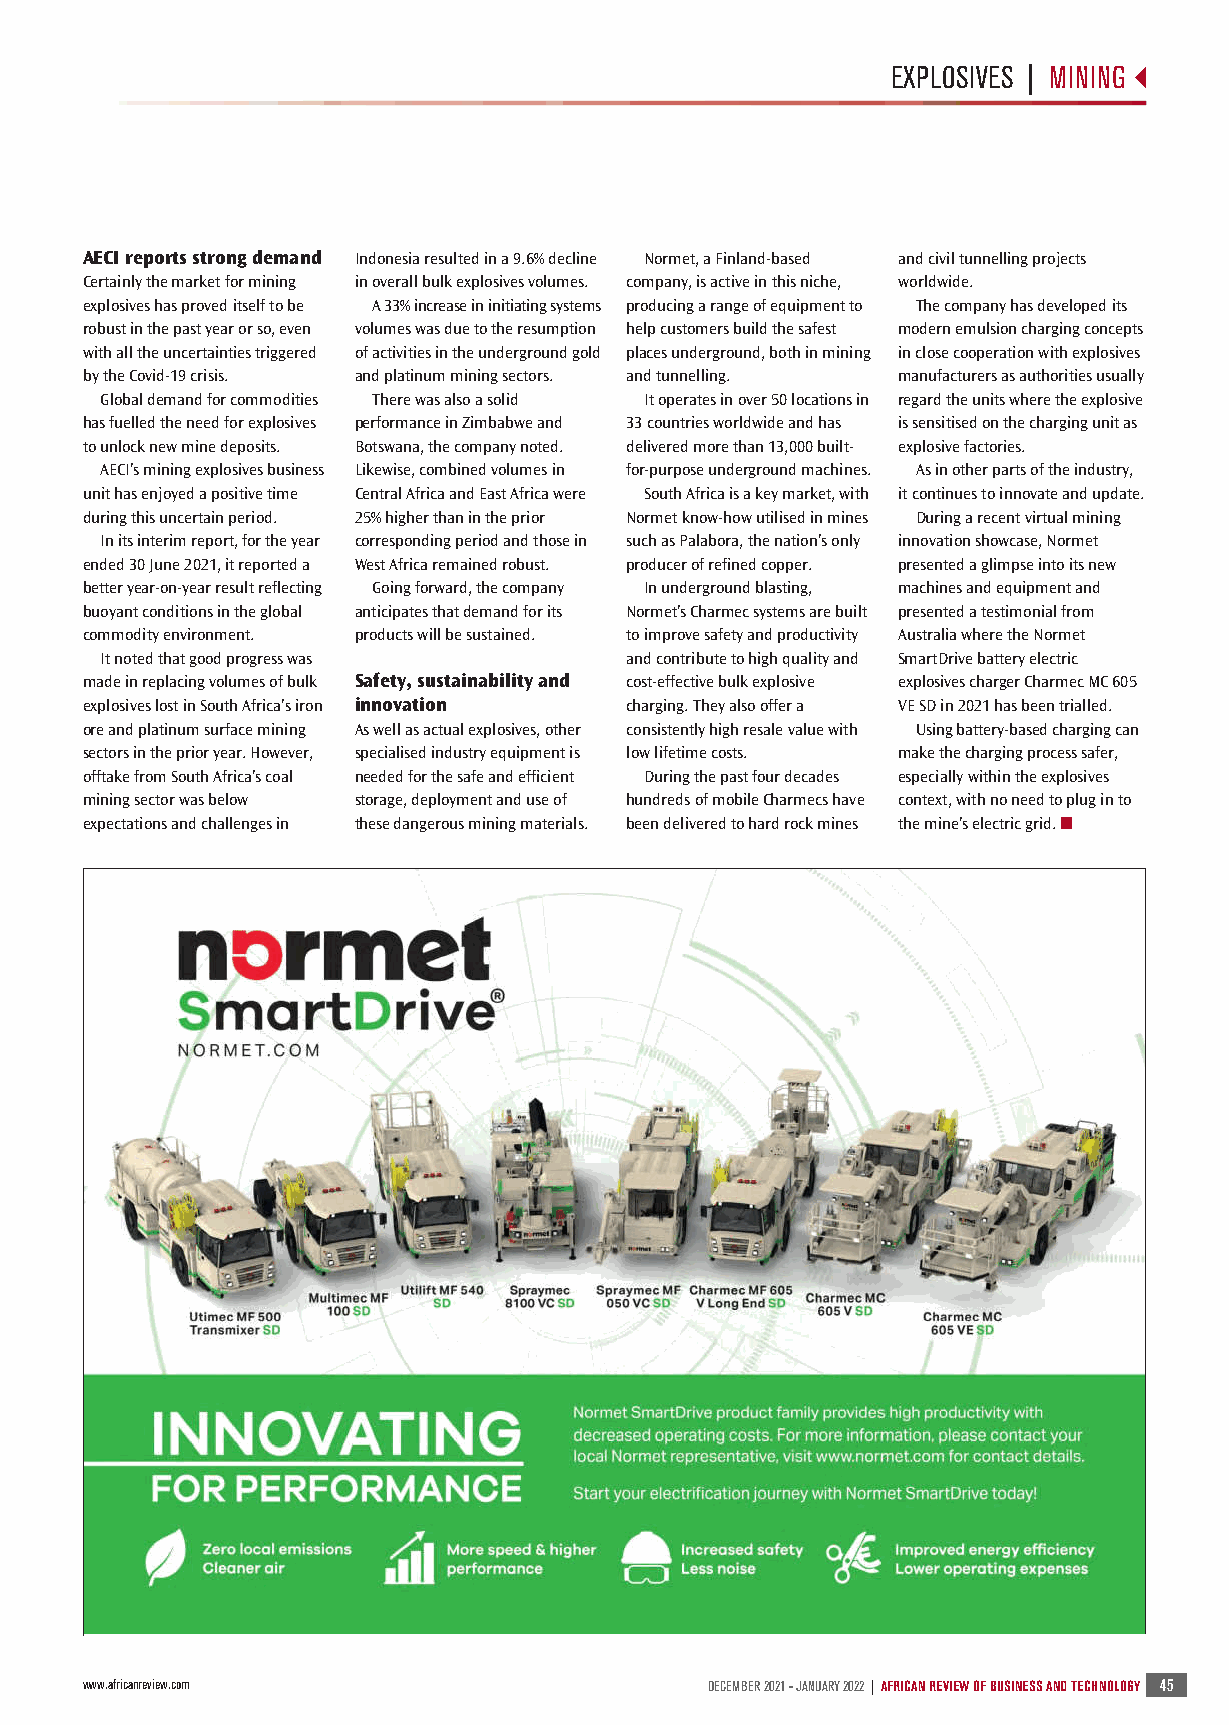
S12 ATR Dec 2021- Jan 2022 Mining News_ATR - New Master Template 2016 10/12/2021 06:11 Page 45
 EXPLOSIVES | MINING
 AECI reports strong demand Indonesia resulted in a 9.6% decline Normet, a Finland-based and civil tunnelling projects
 Certainly the market for mining in overall bulk explosives volumes. company, is active in this niche, worldwide.
 explosives has proved itself to be A 33% increase in initiating systems producing a range of equipment to The company has developed its
 robust in the past year or so, even volumes was due to the resumption help customers build the safest modern emulsion charging concepts
 with all the uncertainties triggered of activities in the underground gold places underground, both in mining in close cooperation with explosives
 by the Covid-19 crisis. and platinum mining sectors. and tunnelling. manufacturers as authorities usually
 Global demand for commodities There was also a solid It operates in over 50 locations in regard the units where the explosive
 has fuelled the need for explosives performance in Zimbabwe and 33 countries worldwide and has is sensitised on the charging unit as
 to unlock new mine deposits. Botswana, the company noted. delivered more than 13,000 built- explosive factories.
 AECI’s mining explosives business Likewise, combined volumes in for-purpose underground machines. As in other parts of the industry,
 unit has enjoyed a positive time Central Africa and East Africa were South Africa is a key market, with it continues to innovate and update.
 during this uncertain period. 25% higher than in the prior Normet know-how utilised in mines During a recent virtual mining
 In its interim report, for the year corresponding period and those in such as Palabora, the nation’s only innovation showcase, Normet
 ended 30 June 2021, it reported a West Africa remained robust. producer of refined copper. presented a glimpse into its new
 better year-on-year result reflecting Going forward, the company In underground blasting, machines and equipment and
 buoyant conditions in the global anticipates that demand for its Normet’s Charmec systems are built presented a testimonial from
 commodity environment. products will be sustained. to improve safety and productivity Australia where the Normet
 It noted that good progress was   and contribute to high quality and SmartDrive battery electric
 made in replacing volumes of bulk Safety, sustainability and cost-effective bulk explosive explosives charger Charmec MC 605
 explosives lost in South Africa’s iron innovation charging. They also offer a VE SD in 2021 has been trialled.
 ore and platinum surface mining As well as actual explosives, other consistently high resale value with Using battery-based charging can
 sectors in the prior year. However, specialised industry equipment is low lifetime costs. make the charging process safer,
 offtake from South Africa’s coal needed for the safe and efficient During the past four decades especially within the explosives
 mining sector was below storage, deployment and use of hundreds of mobile Charmecs have context, with no need to plug in to
 expectations and challenges in these dangerous mining materials. been delivered to hard rock mines the mine’s electric grid. ■
 www.africanreview.com                     DECEMBER 2021 - JANUARY 2022 | AFRICAN REVIEW OF BUSINESS AND TECHNOLOGY 45